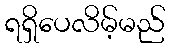
ရရှိပေလိမ့်မည်